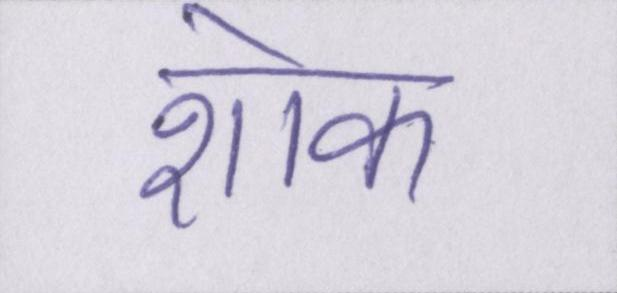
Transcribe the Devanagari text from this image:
शोक